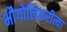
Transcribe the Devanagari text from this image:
भौगोलिकरीत्या